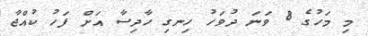
މި މަހުގެ 8 ވަނަ ދުވަހު ހިނގި ހާދިސާ އަށް ފަހު ކުއްޖާ